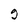
Character: g